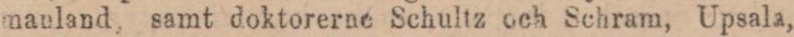
manland, samt doktorerne Schultz och Schram, Upsala,